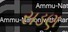
સડણ